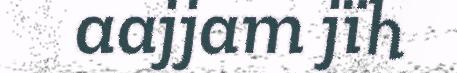
aajjam jïh